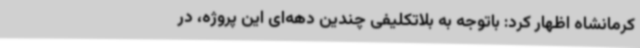
کرمانشاه اظهار کرد: باتوجه به بلاتکلیفی چندین دهه‌ای این پروژه، در